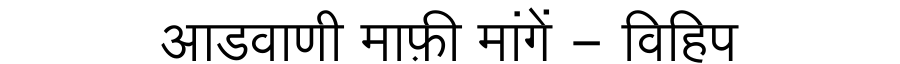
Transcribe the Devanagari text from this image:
आडवाणी माफ़ी मांगें - विहिप